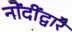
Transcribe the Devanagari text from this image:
नोंदींद्वारे